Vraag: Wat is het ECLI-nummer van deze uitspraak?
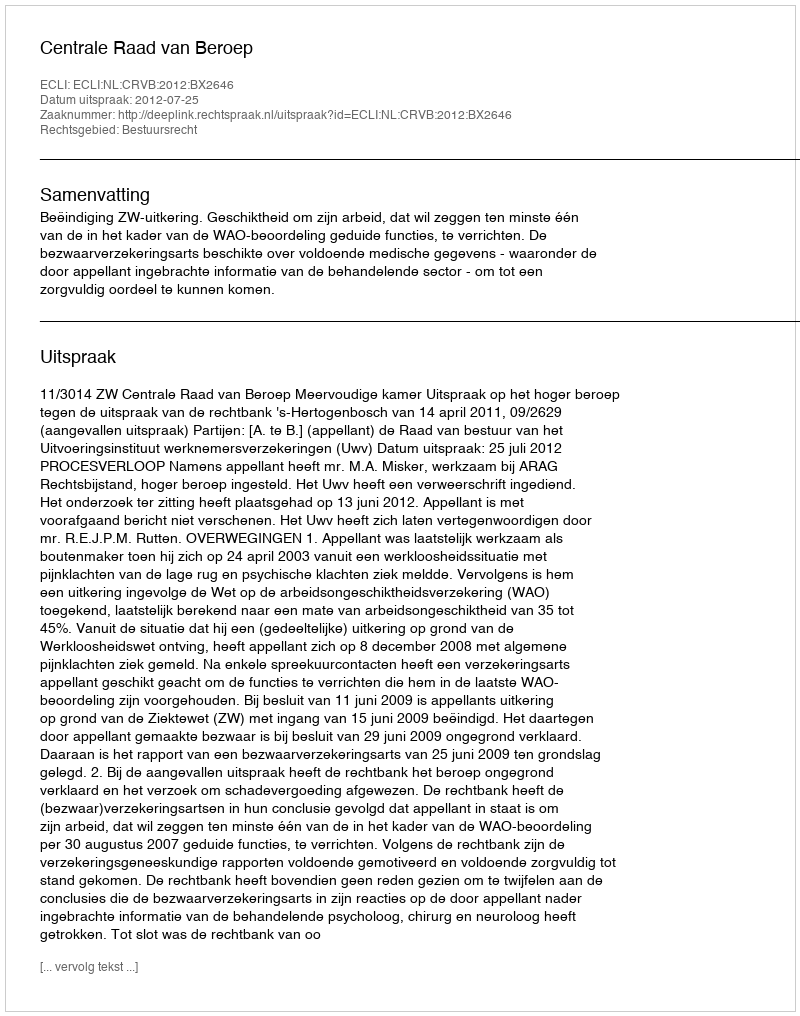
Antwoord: ECLI:NL:CRVB:2012:BX2646